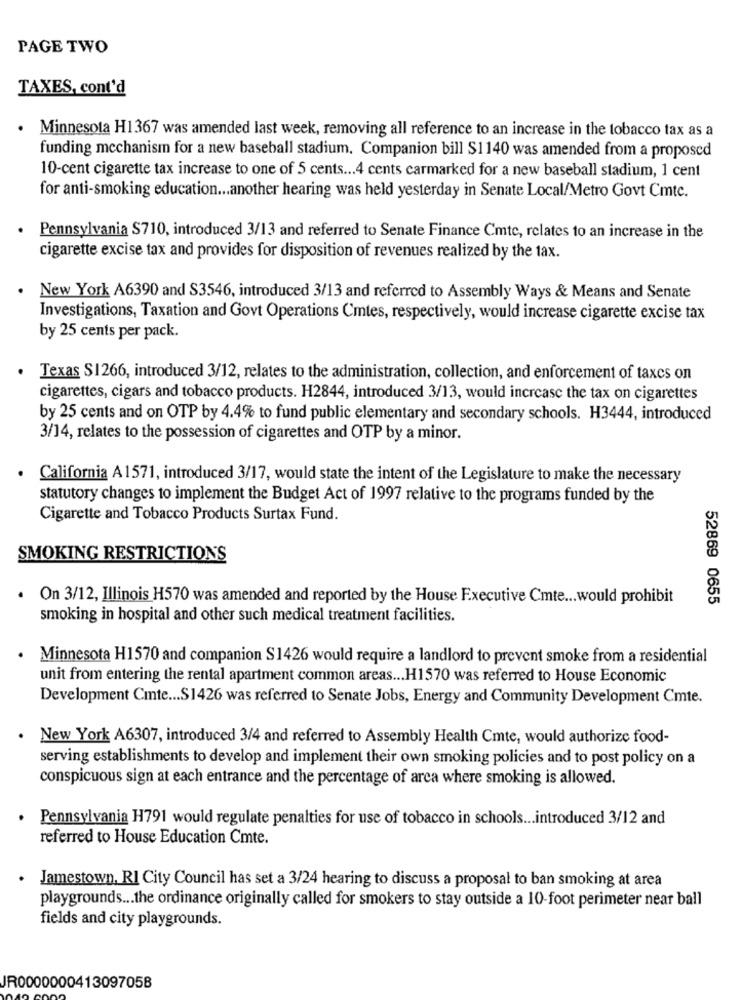
PAGE TWO
TAXES, cont'd
.
Minnesota H1367 was amended last week, removing all reference to an increase in the tobacco tax as a
funding mechanism for a new baseball stadium. Companion bill S1140 was amended from a proposed
10-cent cigarette tax increase to one of 5 cents ... 4 cents carmarked for a new baseball stadium, 1 cent
for anti-smoking education ... another hearing was held yesterday in Senate Local/Metro Govt Cmtc.
Pennsylvania S710, introduced 3/13 and referred to Senate Finance Cmtc, relates to an increase in the
cigarette excise tax and provides for disposition of revenues realized by the tax.
New York A6390 and S3546, introduced 3/13 and referred to Assembly Ways & Means and Senate
Investigations, Taxation and Govt Operations Cmtes, respectively, would increase cigarette excise tax
by 25 cents per pack.
Texas $1266, introduced 3/12, relates to the administration, collection, and enforcement of taxes on
cigarettes, cigars and tobacco products. H2844, introduced 3/13, would increase the tax on cigarettes
by 25 cents and on OTP by 4.4% to fund public elementary and secondary schools. H3444, introduced
3/14, relates to the possession of cigarettes and OTP by a minor.
California A1571, introduced 3/17, would state the intent of the Legislature to make the necessary
statutory changes to implement the Budget Act of 1997 relative to the programs funded by the
Cigarette and Tobacco Products Surtax Fund.
SMOKING RESTRICTIONS
On 3/12, Illinois H570 was amended and reported by the House Executive Cmte ... would prohibit
52869 0655
smoking in hospital and other such medical treatment facilities.
Minnesota H1570 and companion S1426 would require a landlord to prevent smoke from a residential
unit from entering the rental apartment common areas ... H1570 was referred to House Economic
Development Cmte ... S1426 was referred to Senate Jobs, Energy and Community Development Cmte.
New York A6307, introduced 3/4 and referred to Assembly Health Cmte, would authorize food-
serving establishments to develop and implement their own smoking policies and to post policy on a
conspicuous sign at each entrance and the percentage of arca where smoking is allowed.
Pennsylvania H791 would regulate penalties for use of tobacco in schools ... introduced 3/12 and
referred to House Education Cmte.
Jamestown, RI City Council has set a 3/24 hearing to discuss a proposal to ban smoking at area
playgrounds ... the ordinance originally called for smokers to stay outside a 10-foot perimeter near ball
fields and city playgrounds.
JR0000000413097058